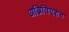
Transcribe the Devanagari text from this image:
अब्रिविएशन